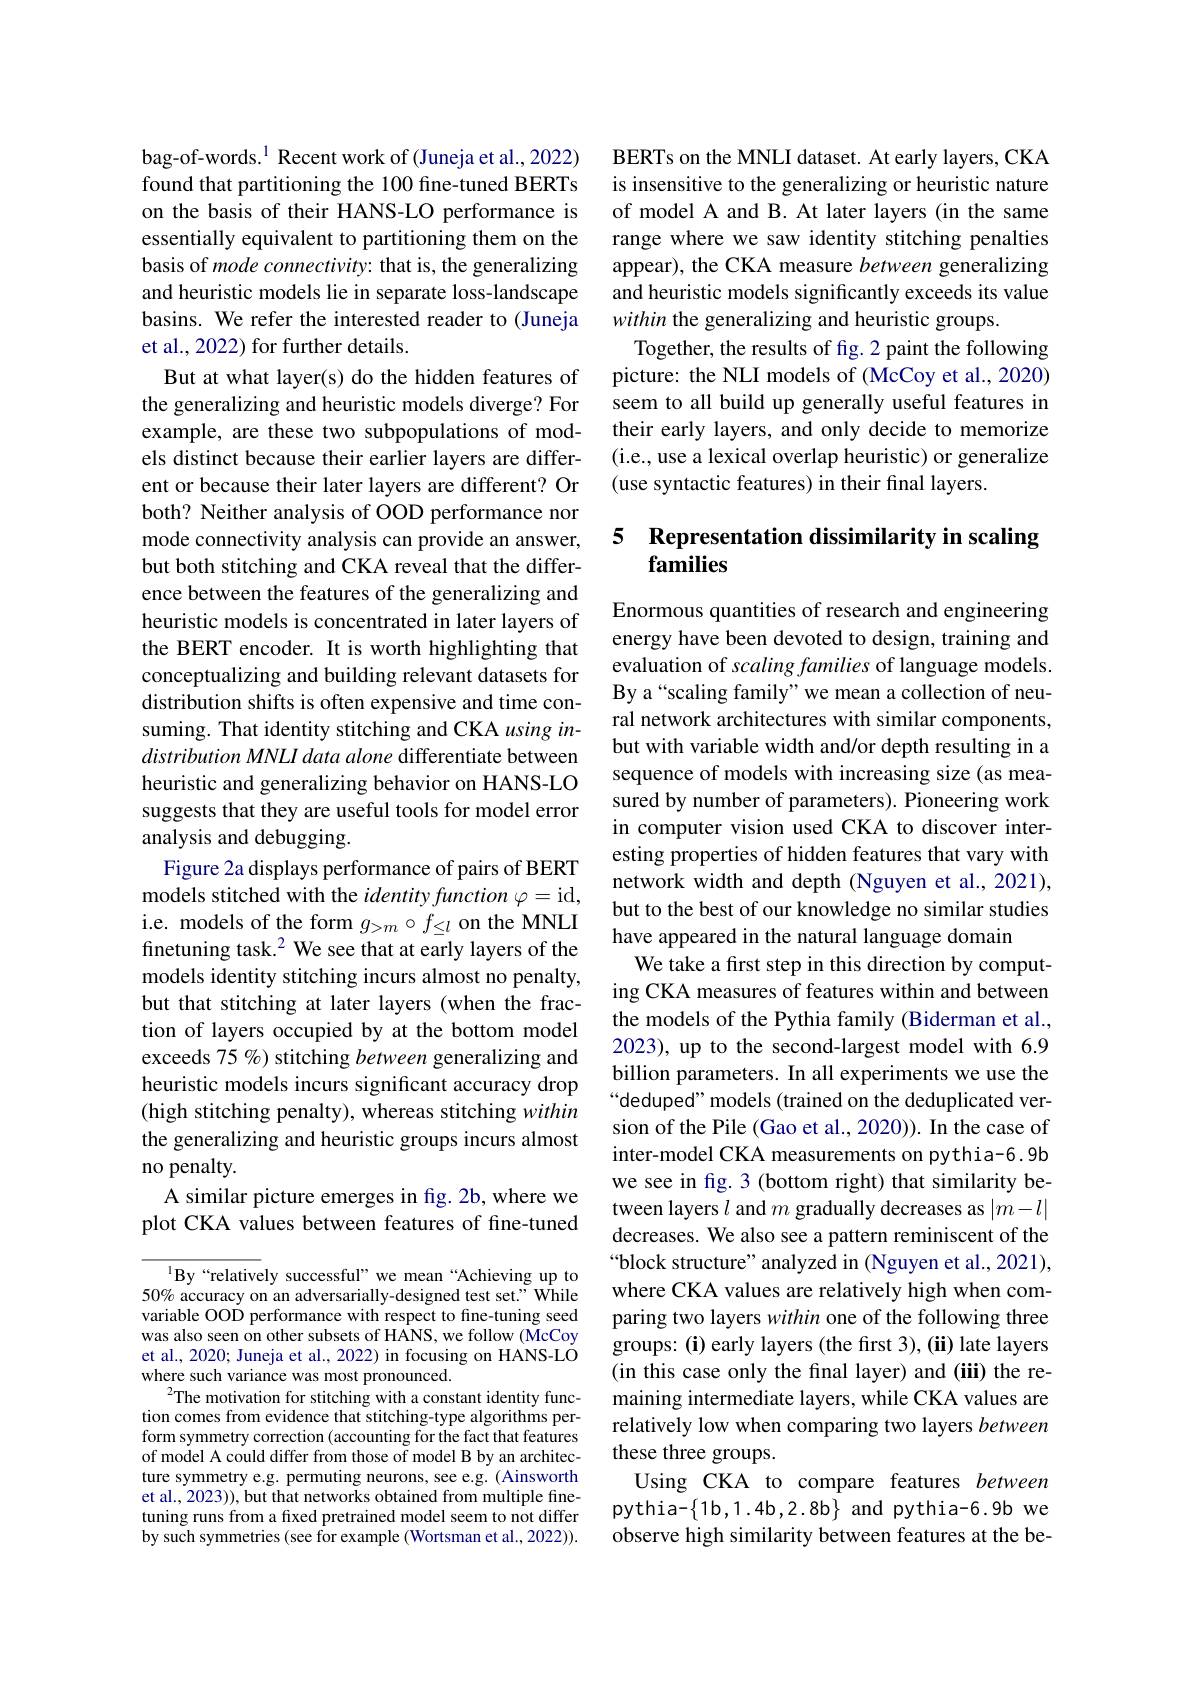
bag-of-words.$^1$ Recent work of (Juneja et al., 2022) found that partitioning the 100 fine-tuned BERTs on the basis of their HANS-LO performance is essentially equivalent to partitioning them on the basis of mode connectivity: that is, the generalizing and heuristic models lie in separate loss-landscape basins. We refer the interested reader to (Juneja et al., 2022) for further details.
But at what layer(s) do the hidden features of the generalizing and heuristic models diverge? For example, are these two subpopulations of models distinct because their earlier layers are different or because their later layers are different? Or both? Neither analysis of OOD performance nor mode connectivity analysis can provide an answer, but both stitching and CKA reveal that the difference between the features of the generalizing and heuristic models is concentrated in later layers of the BERT encoder. It is worth highlighting that conceptualizing and building relevant datasets for distribution shifts is often expensive and time consuming. That identity stitching and CKA using indistribution MNLI data alone differentiate between heuristic and generalizing behavior on HANS-LO suggests that they are useful tools for model error analysis and debugging.
Figure 2a displays performance of pairs of BERT models stitched with the identity function $\varphi=$id, i.e. models of the form $g_>m\circ f_{\leq l}$ on the MNLI finetuning task.$^{2}$ We see that at early layers of the models identity stitching incurs almost no penalty, but that stitching at later layers (when the fraction of layers occupied by at the bottom model exceeds 75 %) stitching between generalizing and heuristic models incurs significant accuracy drop (high stitching penalty), whereas stitching within the generalizing and heuristic groups incurs almost no penalty.
A similar picture emerges in fig. 2b, where we plot CKA values between features of fine-tuned

l By“relatively successful” we mean“Achieving up to 50% accuracy on an adversarially-designed test set." While variable OOD performance with respect to fine-tuning seed was also seen on other subsets of HANS, we follow ( McCoy et al., 2020; Juneja et al., 2022) in focusing on HANS-LO where such variance was most pronounced.
$^{2}$The motivation for stitching with a constant identity function comes from evidence that stitching-type algorithms perform symmetry correction (accounting for the fact that features of model A could differ from those of model B by an architecture symmetry e.g. permuting neurons, see e.g. (Ainsworth et al., 2023)), but that networks obtained from multiple finetuning runs from a fred pretrained model seem to not differ by such symmetries (see for example (Wortsman et al., 2022)).

BERTs on the MNLI dataset. At early layers, CKA is insensitive to the generalizing or heuristic nature of model A and B. At later layers (in the same range where we saw identity stitching penalties appear), the CKA measure between generalizing and heuristic models significantly exceeds its value within the generalizing and heuristic groups.
Together, the results of fig. 2 paint the following picture: the NLI models of (McCoy et al., 2020) seem to all build up generally useful features in their early layers, and only decide to memorize (i.e., use a lexical overlap heuristic) or generalize (use syntactic features) in their final layers.

# 5 Representation dissimilarity in scaling families

Enormous quantities of research and engineering energy have been devoted to design, training and evaluation of scaling families of language models. By a“scaling family”we mean a collection of neural network architectures with similar components, but with variable width and/or depth resulting in a sequence of models with increasing size (as measured by number of parameters). Pioneering work in computer vision used CKA to discover interesting properties of hidden features that vary with network width and depth (Nguyen et al., 2021), but to the best of our knowledge no similar studies have appeared in the natural language domain
We take a frst step in this direction by computing CKA measures of features within and between the models of the Pythia family (Biderman et al., 2023), up to the second-largest model with 6.9 billion parameters. In all experiments we use the “deduped" models (trained on the deduplicated version of the Pile (Gao et al., 2020)). In the case of inter-model CKA measurements on pythia-6.9b we see in fig. 3 (bottom right) that similarity between layers $l$ and $m$ gradually decreases as $|m-l|$ decreases. We also see a pattern reminiscent of the “block structure”analyzed in (Nguyen et al., 2021), where CKA values are relatively high when comparing two layers within one of the following three groups: (i) early layers (the first 3), (ii) late layers (in this case only the final layer) and (iii) the remaining intermediate layers, while CKA values are relatively low when comparing two layers between these three groups.
Using CKA to compare features between pythia-{1b,1.4b,2.8b} and pythia-6.9b we observe high similarity between features at the be-